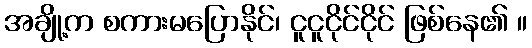
အချို့က စကားမပြောနိုင်၊ ငူငူငိုင်ငိုင် ဖြစ်နေ၏ ။